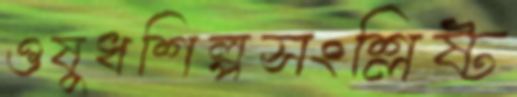
ওষুধশিল্পসংশ্লিষ্ট